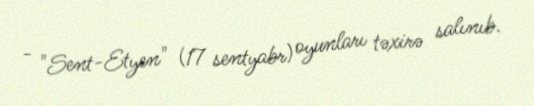
- "Sent-Etyen" (17 sentyabr) oyunları təxirə salınıb.